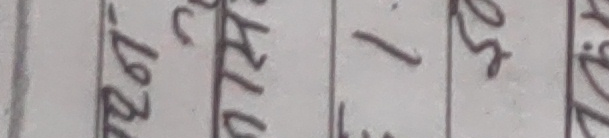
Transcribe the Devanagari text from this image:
बालरई